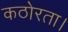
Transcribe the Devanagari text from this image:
कठोरता।